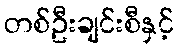
တစ်ဦးချင်းစီနှင့်